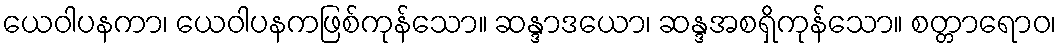
ယေဝါပနကာ၊ ယေဝါပနကဖြစ်ကုန်သော။ ဆန္ဒာဒယော၊ ဆန္ဒအစရှိကုန်သော။ စတ္တာရောဝ၊